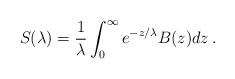
\begin{align*}S(\lambda) = {1 \over \lambda} \int_{0}^{\infty} e^{-z/\lambda} B(z) dz \, .\end{align*}